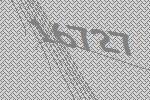
16727